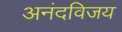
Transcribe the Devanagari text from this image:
अनंदविजय